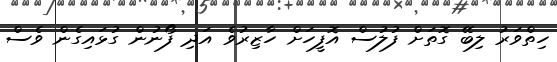
ހިތްވަރު ލިބޭ ގޮތަށް ފުލުސް އޮފީހަށް ހާޒިރުވެ އަދި ފޯނުން ގުޅައިގެން ވެސް